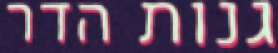
גנות הדר